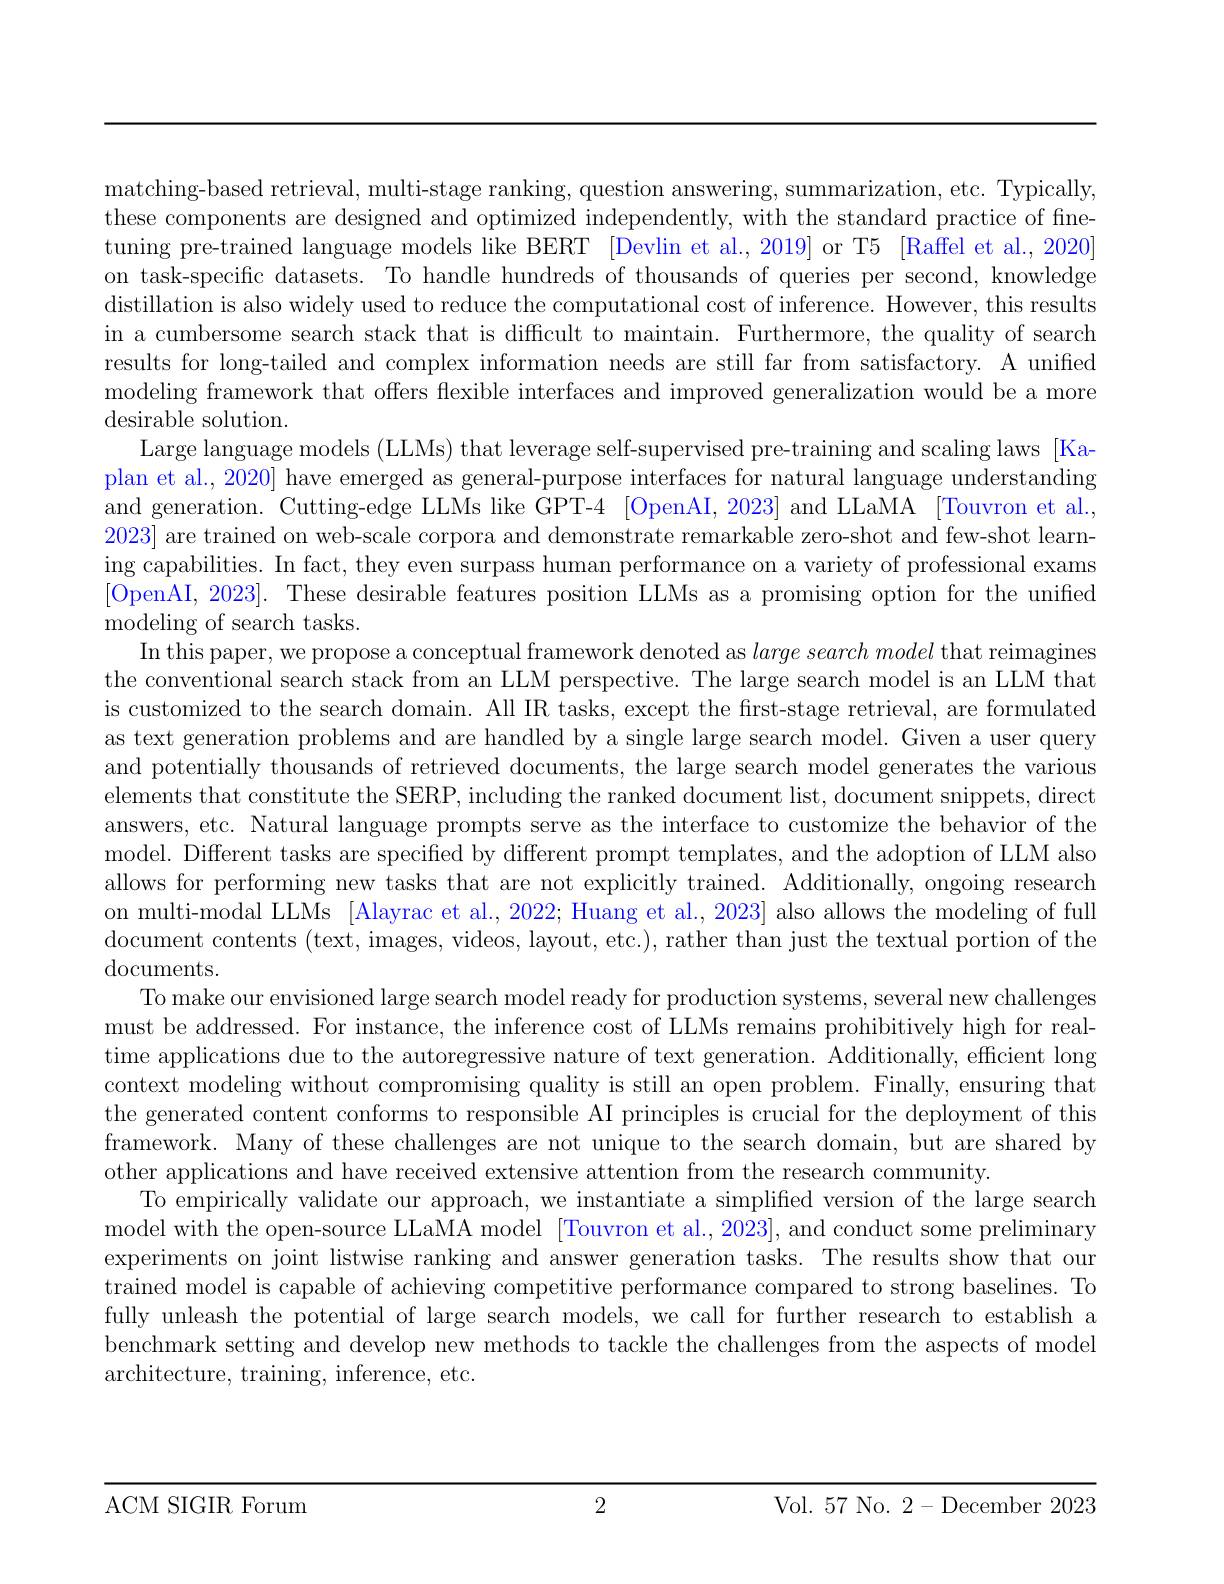
matching-based retrieval, multi-stage ranking, question answering, summarization, etc. Typically, these components are designed and optimized independently, with the standard practice of fnetuning pre-trained language models like BERT [Devlin et al., 2019] or T5 [Raffel et al., 2020] on task-specific datasets. To handle hundreds of thousands of queries per second, knowledge distillation is also widely used to reduce the computational cost of inference. However, this results in a cumbersome search stack that is difficult to maintain. Furthermore, the quality of search results for long-tailed and complex information needs are still far from satisfactory. A unified modeling framework that offers flexible interfaces and improved generalization would be a more desirable solution.
Large language models (LLMs) that leverage self-supervised pre-training and scaling laws [Kaplan et al., 2020] have emerged as general-purpose interfaces for natural language understanding and generation. Cutting-edge LLMs like GPT-4 [OpenAI, 2023] and LLaMA [Touvron et al., 2023] are trained on web-scale corpora and demonstrate remarkable zero-shot and few-shot learning capabilities. In fact, they even surpass human performance on a variety of professional exams [OpenAI, 2023]. These desirable features position LLMs as a promising option for the unified ${\mathrm{modeling~of~search~tasks.}}$
In this paper, we propose a conceptual framework denoted as $large\textit{search }model$ that reimagines the conventional search stack from an LLM perspective. The large search model is an LLM that is customized to the search domain. All IR tasks, except the first-stage retrieval, are formulated as text generation problems and are handled by a single large search model. Given a user query and potentially thousands of retrieved documents, the large search model generates the various elements that constitute the SERP, including the ranked document list, document snippets, direct answers, etc. Natural language prompts serve as the interface to customize the behavior of the model. Different tasks are specified by different prompt templates, and the adoption of LLM also allows for performing new tasks that are not explicitly trained. Additionally, ongoing research on multi-modal LLMs [Alayrac et al., 2022; Huang et al., 2023] also allows the modeling of full document contents (text, images, videos, layout, etc.), rather than just the textual portion of the $\operatorname{documents.}$
To make our envisioned large search model ready for production systems, several new challenges must be addressed. For instance, the inference cost of LLMs remains prohibitively high for realtime applications due to the autoregressive nature of text generation. Additionally, efficient long context modeling without compromising quality is still an open problem. Finally, ensuring that the generated content conforms to responsible AI principles is crucial for the deployment of this framework. Many of these challenges are not unique to the search domain, but are shared by other applications and have received extensive attention from the research community.
To empirically validate our approach, we instantiate a simplified version of the large search model with the open-source LLaMA model [Touvron et al., 2023], and conduct some preliminary experiments on joint listwise ranking and answer generation tasks. The results show that our trained model is capable of achieving competitive performance compared to strong baselines. To fully unleash the potential of large search models, we call for further research to establish a benchmark setting and develop new methods to tackle the challenges from the aspects of model $\operatorname{architecture,~training,~inference,~etc.}$

2

ACM SIGIR Forum

Vol. 57 No. 2-December 2023